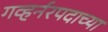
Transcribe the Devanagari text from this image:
गव्हर्नरपदाच्या